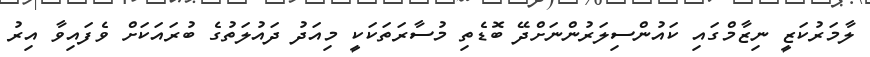
ލާމަރުކަޒީ ނިޒާމްގައި ކައުންސިލަރުންނަށްދޭ ބޮޑެތި މުސާރަތަކަކީ މިއަދު ދައުލަތުގެ ބުރައަކަށް ވެފައިވާ އިރު